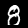
Digit: 8